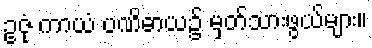
ဥဇုံ ကာယံ ပဏိဓာယ၌ မှတ်သားဖွယ်များ။